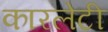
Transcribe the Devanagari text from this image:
कारलेटी